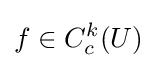
f\in C_{c}^{k}(U)